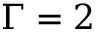
\Gamma = 2